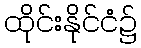
ထိုင်းနိုင်ငံ၌